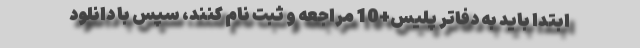
ابتدا باید به دفاتر پلیس+10 مراجعه و ثبت نام کنند، سپس با دانلود